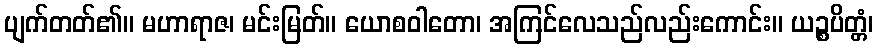
ပျက်တတ်၏။ မဟာရာဇ၊ မင်းမြတ်။ ယောစဝါတော၊ အကြင်လေသည်လည်းကောင်း။ ယဉ္စပိတ္တံ၊